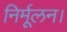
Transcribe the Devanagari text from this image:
निर्मूलन।